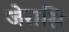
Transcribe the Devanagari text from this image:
जेरासि